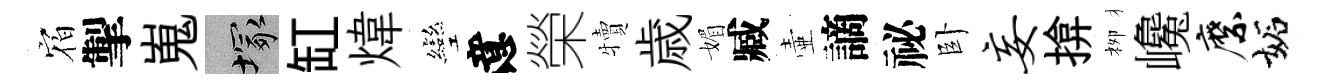
𪧐掣嵬塚缸煒彎意榮犢歳媚臧壷謫祕卧妄揜栁巉縻妬